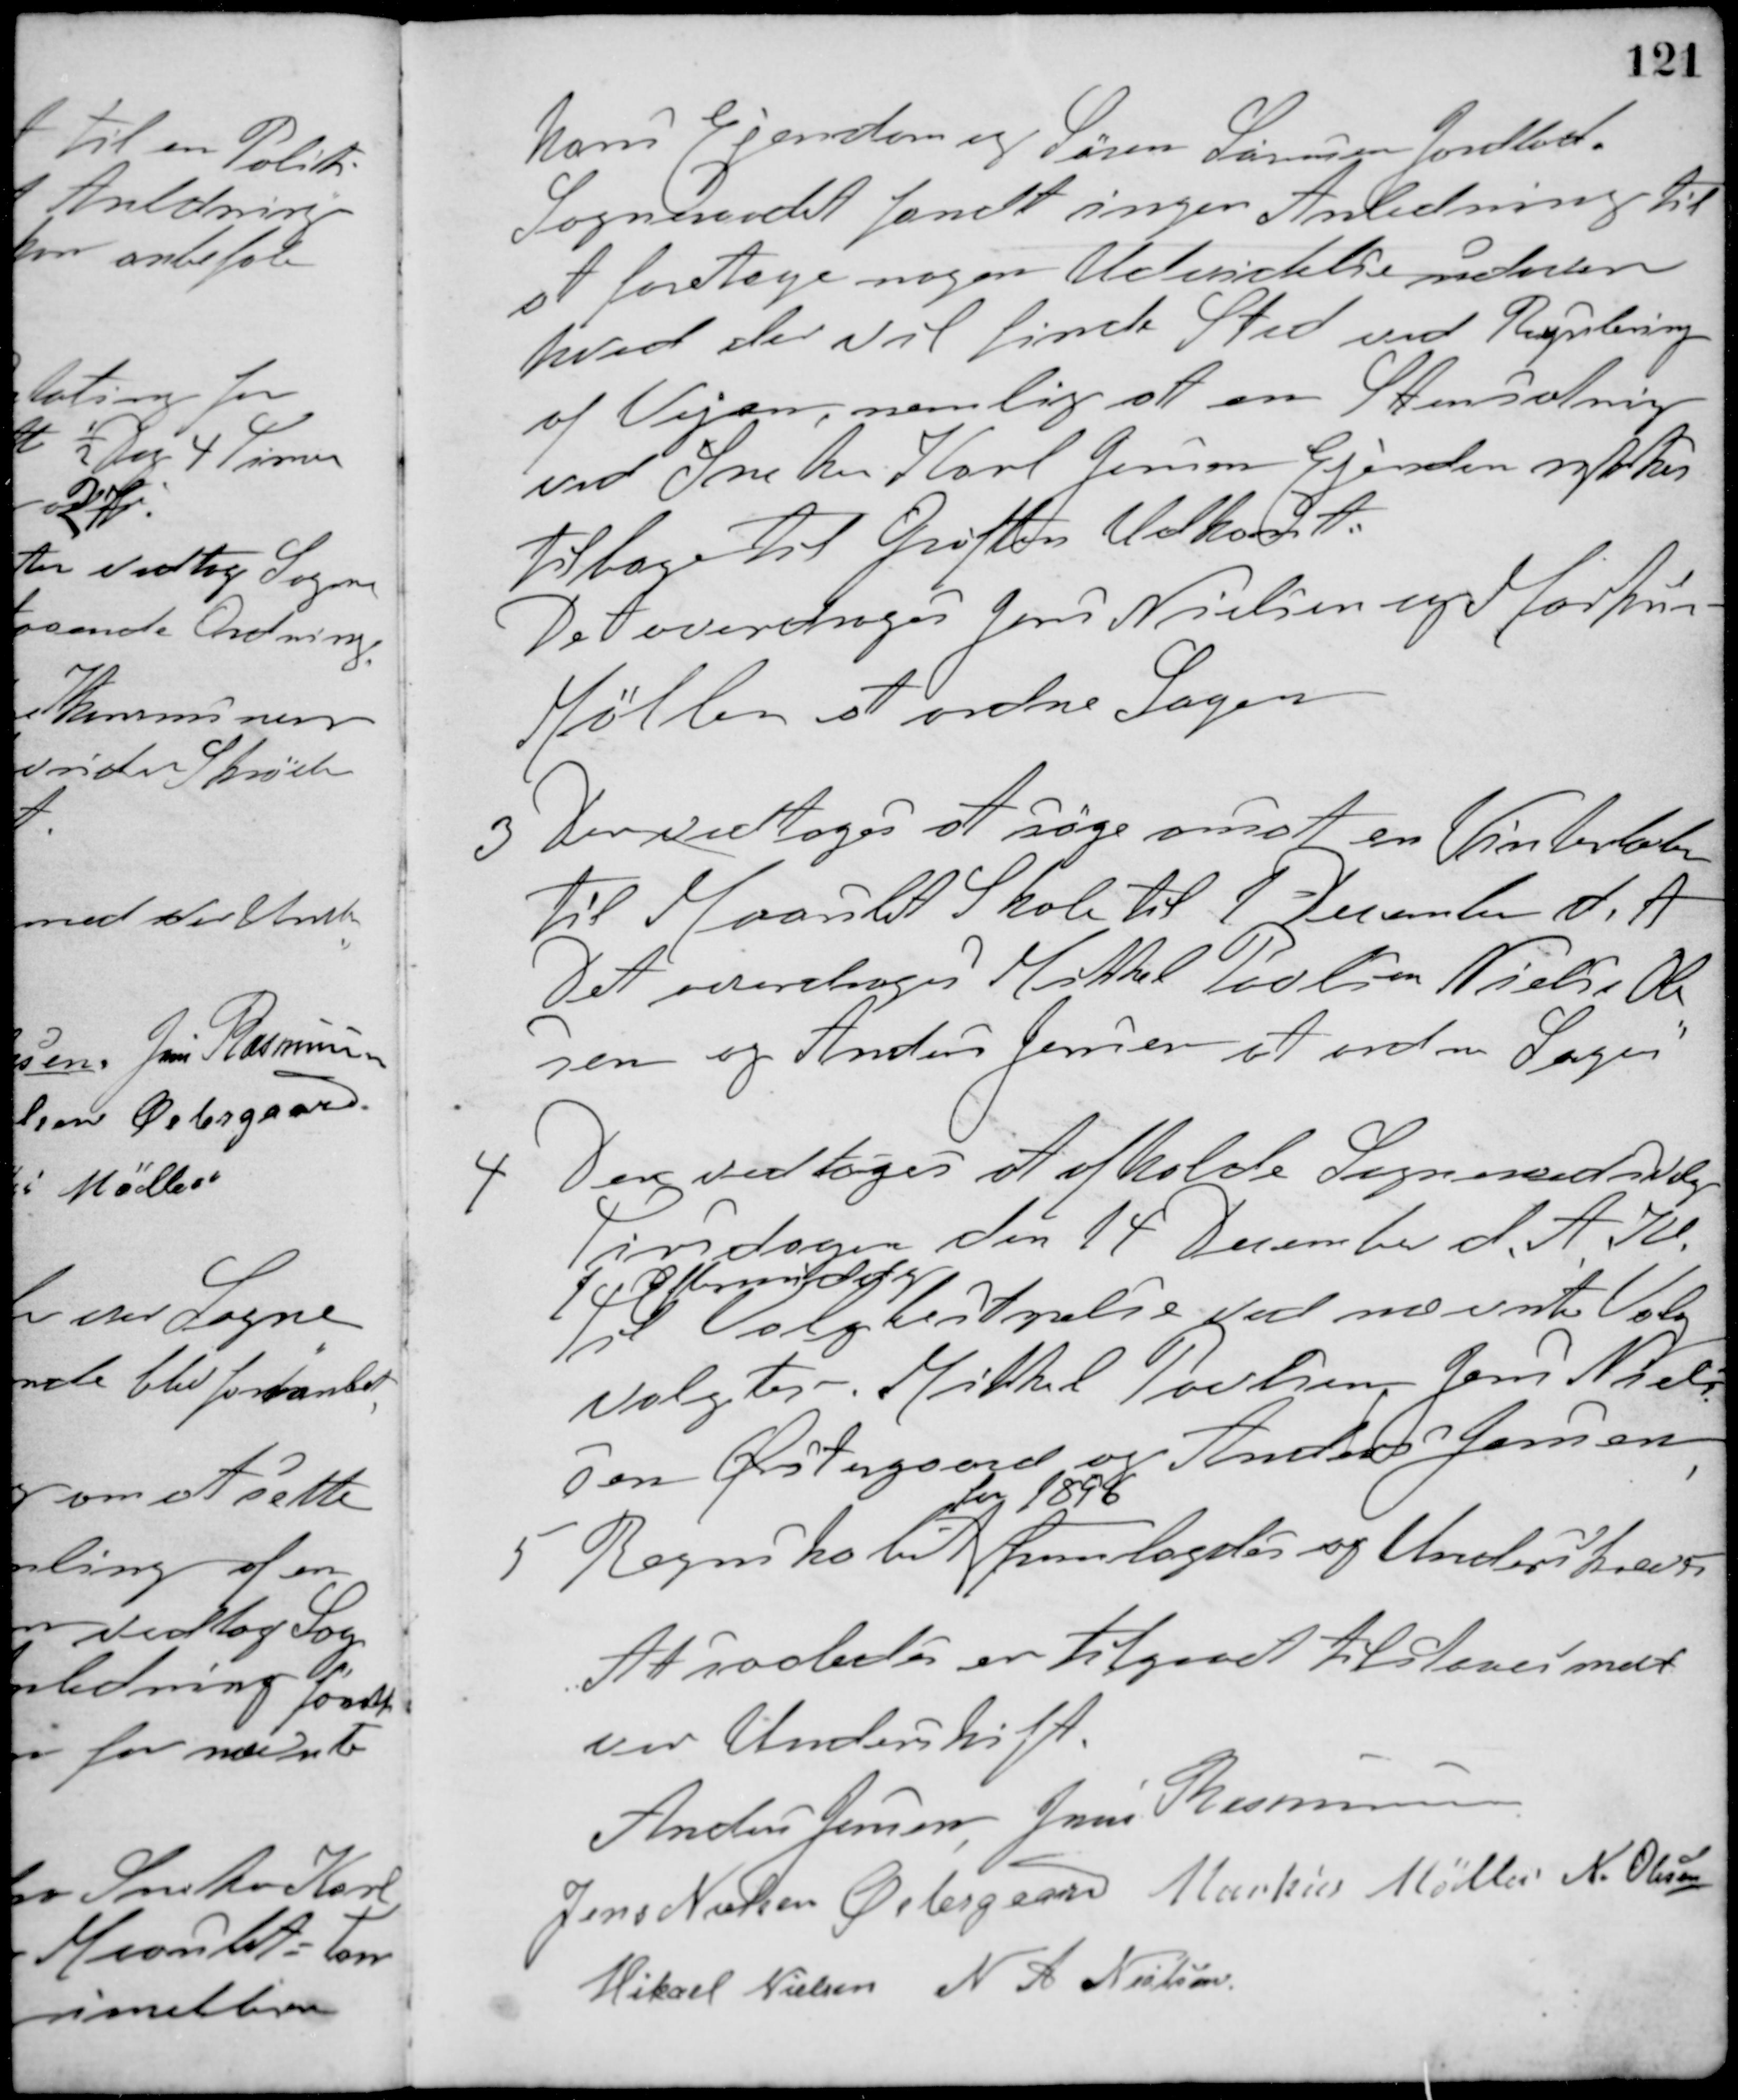
Transskription:
Hans Ejendom og Søren Laursens Jordlod.
Sogneraadet fandt ingen Anledning til
at foretage nogen Udvidelse udover
hvad der vil finde Sted ved Regulering
af Vejen, nemlig at en Stensætning
ved Sneker Karl Jensens Ejendom rykkes
tilbage til Grøftens Udkant.
Det overdroges Jens Nielsen og Markus
Møller at ordne Sagen.
3 Der vedtoges at søge ansat en Vinterlærer
til Maarslet Skole til 1 December d. A.
Det overdroges Mikkel Poulsen, Nielse Ole-
sen og Anders Jensen at ordne Sagen.
4 Der vedtoges at afholde Sogneraadsvalg
Tirsdagen den 14 December d. A. Kl
1 Eftermiddag.
Til Valgbestyrelse ved nævnte Valg
valgtes Mikkel Poulsen, Jens Niels-
sen Østergaard og Anders Jensen.
5 Regnskabet
for 1896
fremlagdes og Underskreves
At saaledes er tilgaaet tilstaaes med
vor Underskift.
Anders Jensen Jens Rasmussen
Jens Nielsen Østergaard Markus Møller N. Olesen
Mikael Nielsen N. A. Nielsen